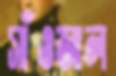
সাঁওজাল